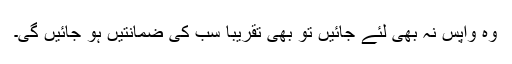
وہ واپس نہ بھی لئے جائیں تو بھی تقریباً سب کی ضمانتیں ہو جائیں گی۔